Indian journal of veterinary science and animal husbandry - Volumes 18-21, 1948-1951
Year: 1948
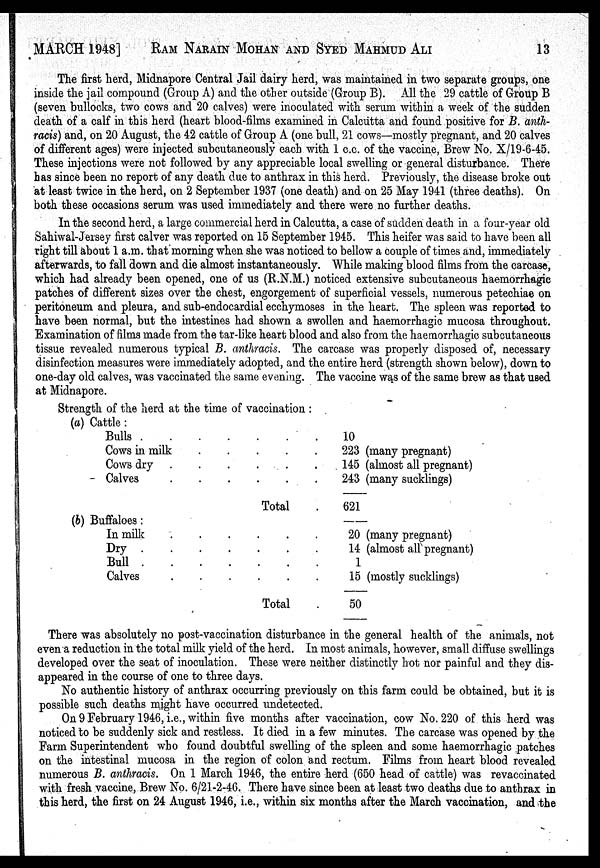
MARCH 1948] RAM NARAIN MOHAN AND SYED MAHMUD ALI 13
The first herd, Midnapore Central Jail dairy herd, was maintained in two separate groups, one
inside the jail compound (Group A) and the other outside (Group B). All the 29 cattle of Group B
(seven bullocks, two cows and 20 calves) were inoculated with serum within a week of the sudden
death of a calf in this herd (heart blood-films examined in Calcutta and found positive for B. anth-
racis) and, on 20 August, the 42 cattle of Group A (one bull, 21 cows—mostly pregnant, and 20 calves
of different ages) were injected subcutaneously each with 1 c.c. of the vaccine, Brew No. X/19-6-45.
These injections were not followed by any appreciable local swelling or general disturbance. There
has since been no report of any death due to anthrax in this herd. Previously, the disease broke out
at least twice in the herd, on 2 September 1937 (one death) and on 25 May 1941 (three deaths). On
both these occasions serum was used immediately and there were no further deaths.
In the second herd, a large commercial herd in Calcutta, a case of sudden death in a four-year old
Sahiwal-Jersey first calver was reported on 15 September 1945. This heifer was said to have been all
right till about 1 a.m. that morning when she was noticed to bellow a couple of times and, immediately
afterwards, to fall down and die almost instantaneously. While making blood films from the carcase,
which had already been opened, one of us (R.N.M.) noticed extensive subcutaneous haemorrhagic
patches of different sizes over the chest, engorgement of superficial vessels, numerous petechiae on
peritoneum and pleura, and sub-endocardial ecchymoses in the heart. The spleen was reported to
have been normal, but the intestines had shown a swollen and haemorrhagic mucosa throughout.
Examination of films made from the tar-like heart blood and also from the haemorrhagic subcutaneous
tissue revealed numerous typical B. anthracis. The carcase was properly disposed of, necessary
disinfection measures were immediately adopted, and the entire herd (strength shown below), down to
one-day old calves, was vaccinated the same evening. The vaccine was of the same brew as that used
at Midnapore.
Strength of the herd at the time of vaccination:
(a) Cattle :
Bulls . . . . . . .
Cows in milk . . . . . . .
Cows dry . . . . . . .
Calves . . . . . . .
Total .
(b) Buffaloes:
In milk . . . . . . .
Dry . . . . . . .
Bull . . . . . . .
Calves . . . . . . .
Total .
10
223 (many pregnant)
145 (almost all pregnant)
243 (many sucklings)
621
—
20 (many pregnant)
14 (almost all pregnant)
1
15 (mostly sucklings)
50
There was absolutely no post-vaccination disturbance in the general health of the animals, not
even a reduction in the total milk yield of the herd. In most animals, however, small diffuse swellings
developed over the seat of inoculation. These were neither distinctly hot nor painful and they dis-
appeared in the course of one to three days.
No authentic history of anthrax occurring previously on this farm could be obtained, but it is
possible such deaths might have occurred undetected.
On 9 February 1946, i.e., within five months after vaccination, cow No. 220 of this herd was
noticed to be suddenly sick and restless. It died in a few minutes. The carcase was opened by the
Farm Superintendent who found doubtful swelling of the spleen and some haemorrhagic patches
on the intestinal mucosa in the region of colon and rectum. Films from heart blood revealed
numerous B. anthracis. On 1 March 1946, the entire herd (650 head of cattle) was revaccinated
with fresh vaccine, Brew No. 6/21-2-46. There have since been at least two deaths due to anthrax in
this herd, the first on 24 August 1946, i.e., within six months after the March vaccination, and the